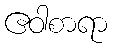
ဧဝါစာရာ